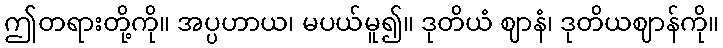
ဤတရားတို့ကို။ အပ္ပဟာယ၊ မပယ်မူ၍။ ဒုတိယံ ဈာနံ၊ ဒုတိယဈာန်ကို။